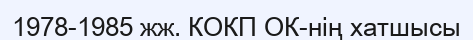
1978-1985 жж. КОКП ОК-нің хатшысы